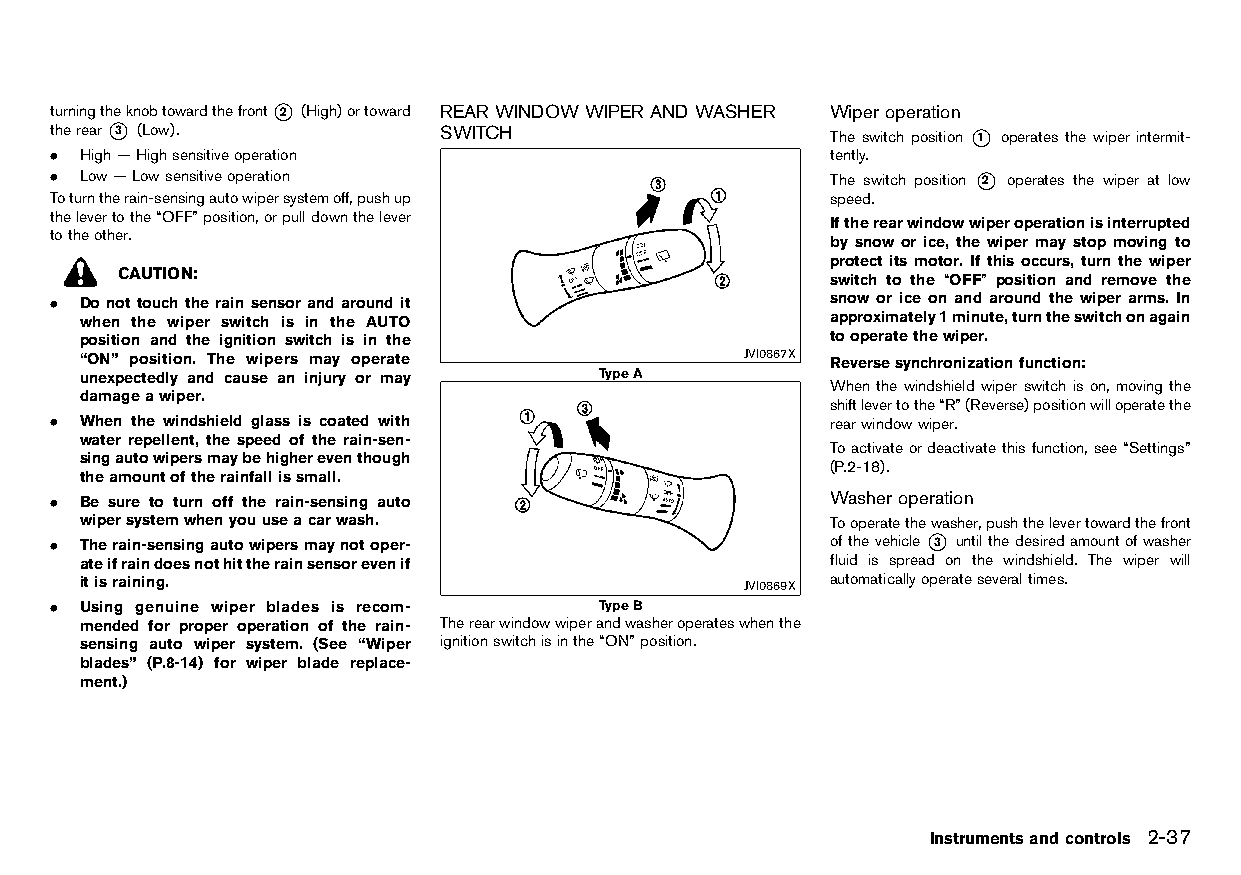
(97,1)
 turningtheknobtowardthefront*2 (High)ortoward REARWINDOWWIPER ANDWASHER Wiper operation
 therear*3 (Low).          SWITCH
 HT32A1-4C617F31-4B30-425D-87B8-DF9083199118
 The switch posH iT t3 io2A n1- *B 18D89 o2 p37 e-E raB t4 eC s-43 tB hA e-8 w32 iC p- e69 r1E in9 t6 e1 r3 mE0 iF t4 -
 . High—Highsensitiveoperation                       tently.
 . Low—Lowsensitiveoperation                         The switch position *2 operates the wiper at low
 Toturntherain-sensingautowipersystemoff,pushup      speed.
 thelevertothe“OFF”position,orpulldownthelever
 Iftherearwindowwiperoperationisinterrupted
 totheother.
 by snow or ice, the wiper may stop moving to
 protect its motor. If this occurs, turn the wiper
 CAUTION:
 switch to the “OFF” position and remove the
 . Donottouchtherainsensorandaroundit                snow or ice on and around the wiper arms. In
 when the wiper switch is in the AUTO              approximately1minute,turntheswitchonagain
 position and the ignition switch is in the        tooperatethewiper.
 “ON” position. The wipers may operate       JVI0867X Reversesynchronizationfunction:
 unexpectedly and cause an injury or may TypeA            HT32A1-22018305-9BAB-4201-B6FC-C08EB94AEAE0
 When the windshield wiper switch is on, moving the
 damageawiper.
 shiftlevertothe“R”(Reverse)positionwilloperatethe
 . When the windshield glass is coated with          rearwindowwiper.
 water repellent, the speed of the rain-sen-
 Toactivateordeactivatethisfunction,see“Settings”
 singautowipersmaybehighereventhough
 (P.2-18).
 theamountoftherainfallissmall.
 . Be sure to turn off the rain-sensing auto         Washer operation
 HT32A1-76F30BBF-65C7-4181-A6A7-B95992B8E679
 wipersystemwhenyouuseacarwash.                    Tooperatethewasher,pushthelevertowardthefront
 . Therain-sensingautowipersmaynotoper-              ofthevehicle*3 untilthedesiredamountofwasher
 ateifraindoesnothittherainsensorevenif            fluid is spread on the windshield. The wiper will
 itisraining.                                JVI0869X automaticallyoperateseveraltimes.
 . Using genuine wiper blades is recom- TypeB
 mended for proper operation of the rain- Therearwindowwiperandwasheroperateswhenthe
 sensing auto wiper system. (See “Wiper ignitionswitchisinthe“ON”position.
 blades” (P.8-14) for wiper blade replace-
 ment.)
 Instrumentsandcontrols 2-37
 Condition:                        [Edit:2015/8/24 Model: HT32-A]